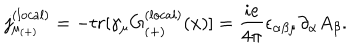
{ j _ { \mu _ { ( + ) } } ^ { ( l o c a l ) } } = - t r [ \gamma _ { \mu } G _ { ( + ) } ^ { ( l o c a l ) } ( x ) ] = \frac { i e } { 4 \pi } \epsilon _ { \alpha \beta \mu } \partial _ { \alpha } A _ { \beta } .